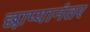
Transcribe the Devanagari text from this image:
छाप्यानंतर